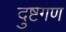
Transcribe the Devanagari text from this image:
दुष्टगण